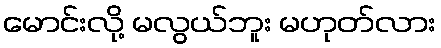
မောင်းလို့ မလွယ်ဘူး မဟုတ်လား